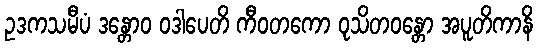
ဥဒကသမီပံ ဒန္တောဝ ဝဒါပေတိ ကီဝတကော ဝုသိတဝန္တော အပူတိကာနိ